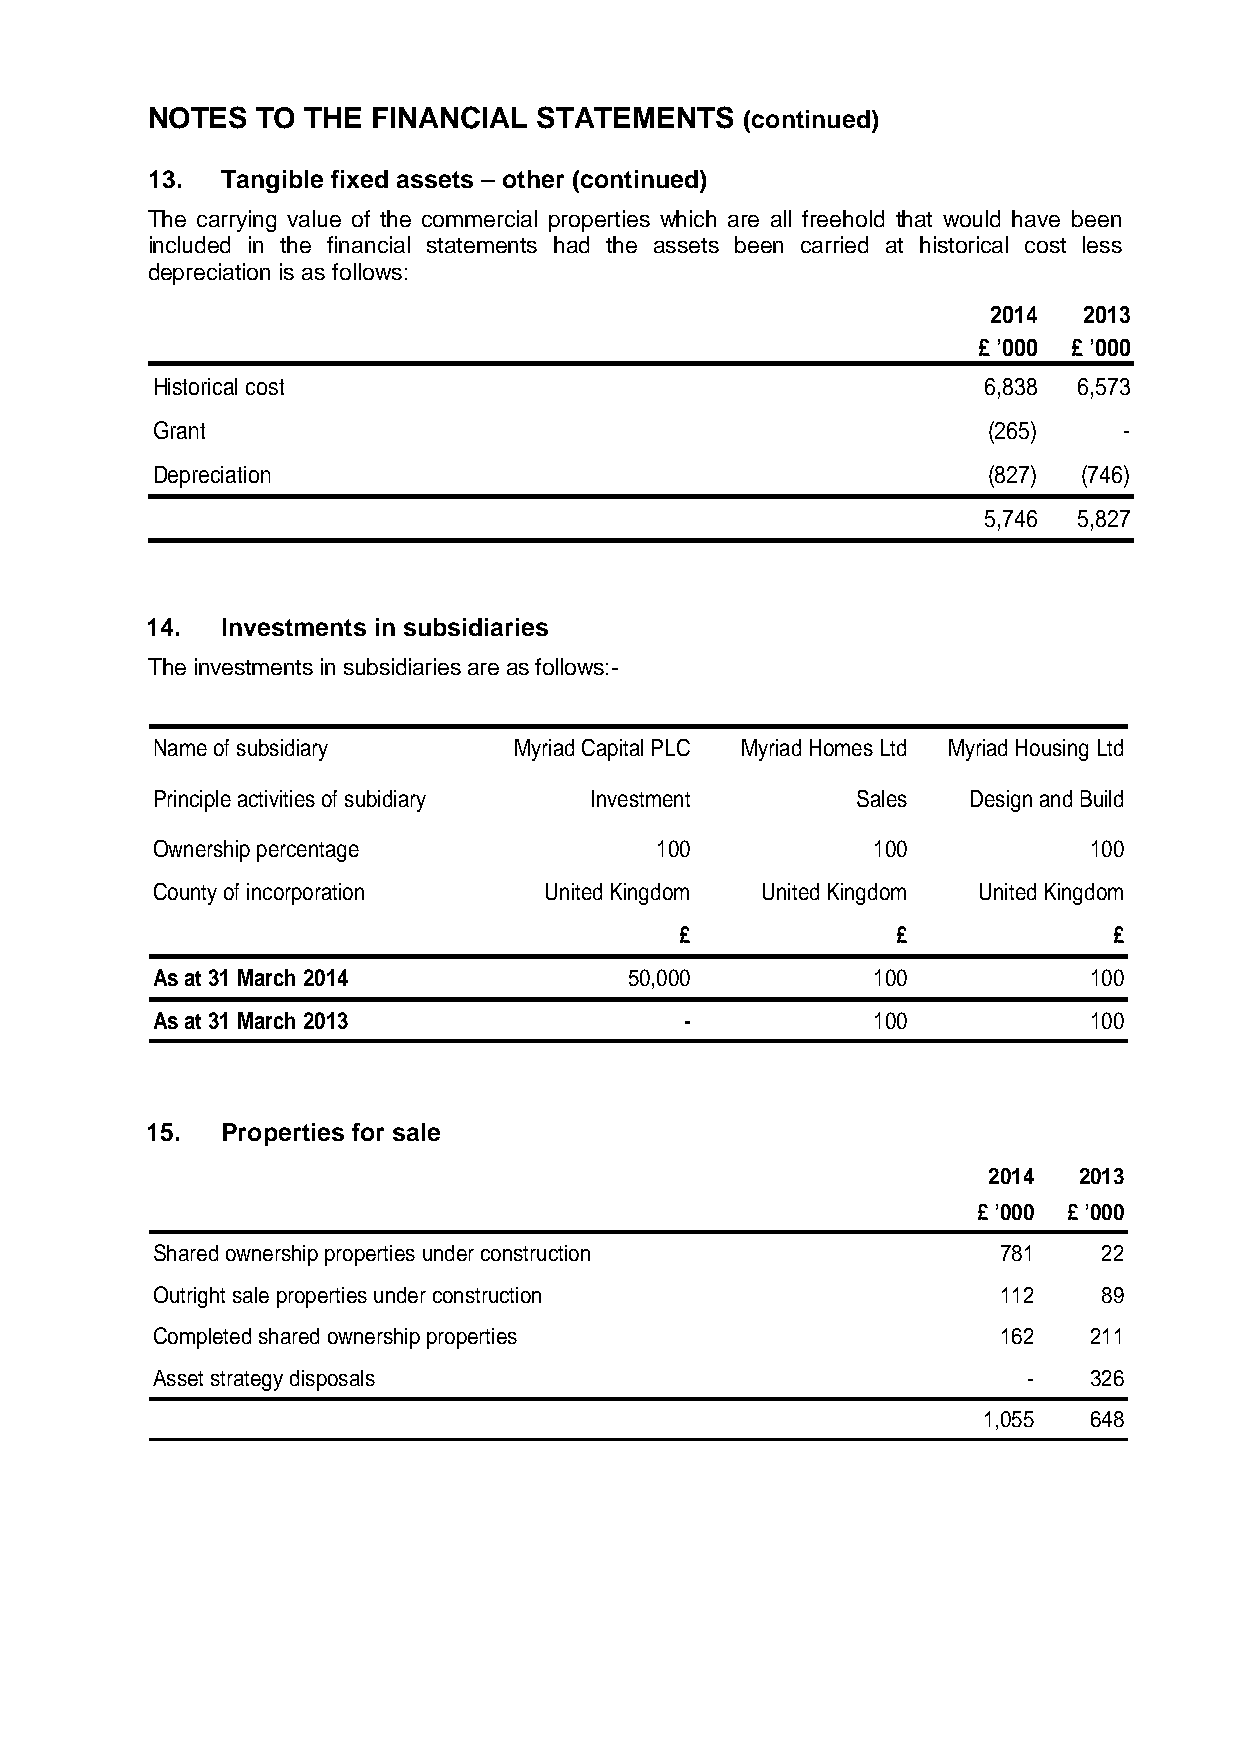
NOTES  TO THE  FINANCIAL  STATEMENTS   (continued)
 13.  Tangible fixed assets – other (continued)
 The carrying value of the commercial properties which are all freehold that would have been
 included in the financial statements had the assets been carried at historical cost less
 depreciation is as follows:
 2014  2013
 £ ’000 £ ’000
 Historical cost                                        6,838 6,573
 Grant                                                  (265)    -
 Depreciation                                           (827)  (746)
 5,746 5,827
 14.  Investments in subsidiaries
 The investments in subsidiaries are as follows:-
 Name of subsidiary      Myriad Capital PLC Myriad Homes Ltd Myriad Housing Ltd
 Principle activities of subidiary Investment   Sales  Design and Build
 Ownership percentage             100            100           100
 County of incorporation   United Kingdom United Kingdom United Kingdom
 £             £              £
 As at 31 March 2014             50,000          100           100
 As at 31 March 2013                -            100           100
 15.  Properties for sale
 2014  2013
 £ ’000 £ ’000
 Shared ownership properties under construction          781    22
 Outright sale properties under construction             112    89
 Completed shared ownership properties                   162   211
 Asset strategy disposals                                  -   326
 1,055  648